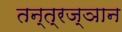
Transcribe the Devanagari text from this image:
तन्त्रज्ञान